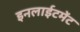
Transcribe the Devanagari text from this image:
इनलाईटमेंट